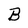
Character: B